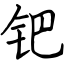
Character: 钯